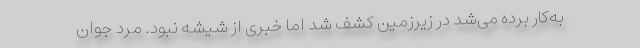
به‌کار برده می‌شد در زیرزمین کشف شد اما خبری از شیشه نبود. مرد جوان